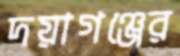
দয়াগঞ্জের